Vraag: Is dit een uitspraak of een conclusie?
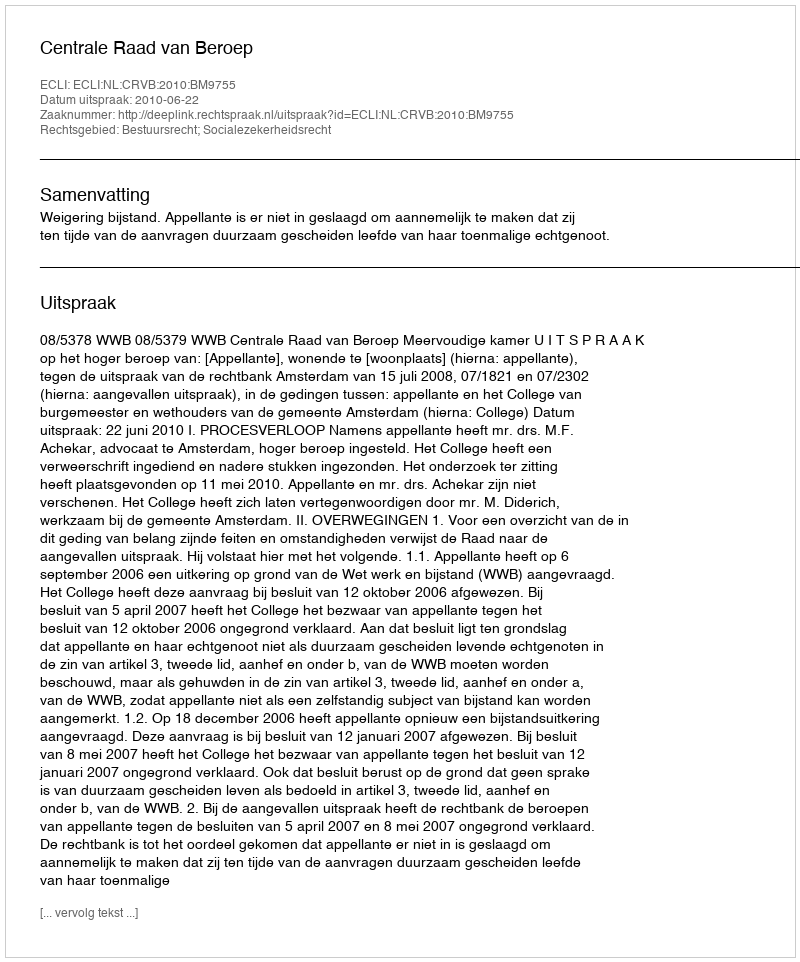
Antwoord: Uitspraak